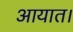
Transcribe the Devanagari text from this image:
आयात।